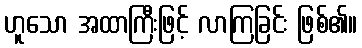
ဟူသော အထာကြီးဖြင့် လာကြခြင်း ဖြစ်၏။